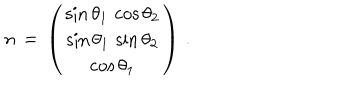
n \, = \, \left( \begin{array} { c } { { \sin \theta _ { 1 } \, \cos \theta _ { 2 } } } \\ { { \sin \theta _ { 1 } \, \sin \theta _ { 2 } } } \\ { { \cos \theta _ { 1 } } } \\ \end{array} \right) \, .